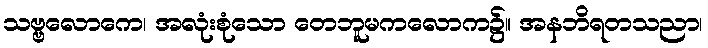
သဗ္ဗလောကေ၊ အလုံးစုံသော တေဘူမကလောက၌။ အနဘိရတသညာ၊